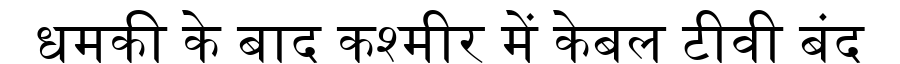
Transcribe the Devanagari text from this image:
धमकी के बाद कश्मीर में केबल टीवी बंद